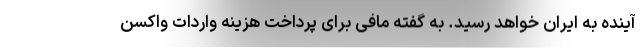
آینده به ایران خواهد رسید. به گفته مافی برای پرداخت هزینه واردات واکسن